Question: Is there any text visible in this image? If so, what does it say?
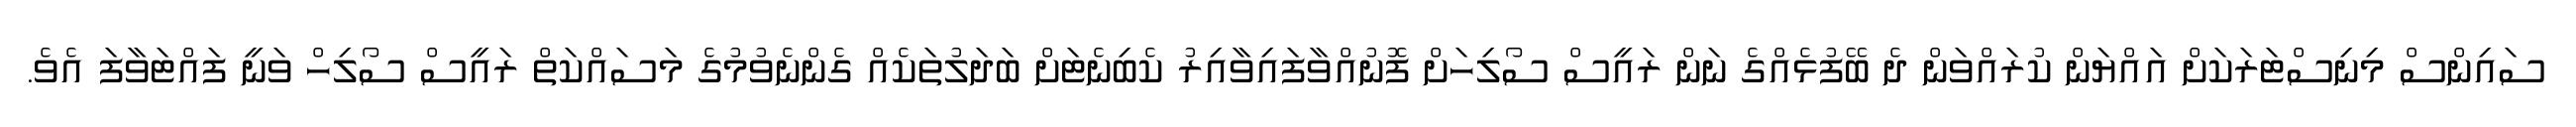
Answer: ސައިންސް މިނިސްޓަރަކަށް އައްޔަން ކުރައްވަން ދެ ބޭފުޅެއްގެ ނަން ރައީސް ސޯލިހަށް ފޮނުއްވާފައިވާއިރު ކެބިނެޓަށް ބަދަލުތަކެއް ގެންނެވުމުގެ މަސައްކަތް ރައީސް ސޯލިހް ވަނީ ފައްޓަވާފަ އެވެ.